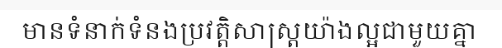
មានទំនាក់ទំនងប្រវត្តិសាស្ត្រយ៉ាងល្អជាមួយគ្នា